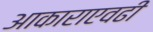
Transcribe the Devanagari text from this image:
आकाराएवढी